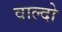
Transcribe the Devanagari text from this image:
वाल्दो